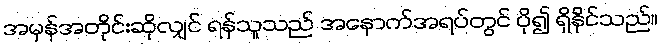
အမှန်အတိုင်းဆိုလျှင် ရန်သူသည် အနောက်အရပ်တွင် ပို၍ ရှိနိုင်သည်။